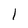
Character: l